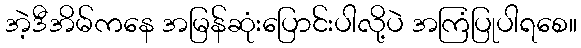
အဲ့ဒီအိမ်ကနေ အမြန်ဆုံးပြောင်းပါလို့ပဲ အကြံပြုပါရစေ။